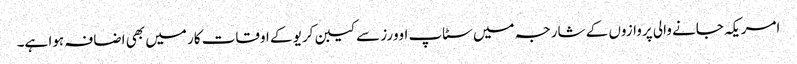
امریکہ جانے والی پروازوں کے شارجہ میں سٹاپ اوورز سے کیبن کریو کے اوقات کار میں بھی اضافہ ہوا ہے۔